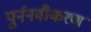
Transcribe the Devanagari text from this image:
पुर्ननवीकरण